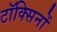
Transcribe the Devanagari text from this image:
टॉक्सिनों